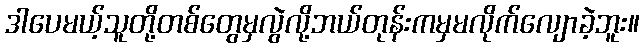
ဒါပေမယ့်သူတို့တစ်တွေမှလွဲလို့ဘယ်တုန်းကမှမလိုက်လျောခဲ့ဘူး။